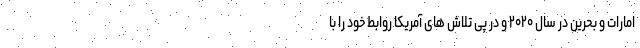
امارات و بحرین در سال ۲۰۲۰ و در پی تلاش های آمریکا روابط خود را با